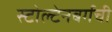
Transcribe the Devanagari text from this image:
स्टोल्टेनबर्गची